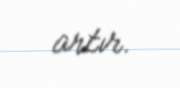
artır.